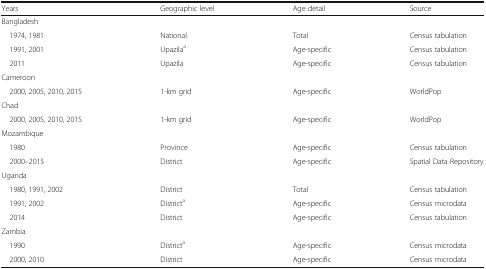
| Years | Geographic level | Age detail | Source |
 | --- | --- | --- | --- |
 | <COLSPAN=4> Bangladesh |
 | 1974, 1981 | National | Total | Census tabulation |
 | 1991, 2001 | Upazilaa | Age-specific | Census tabulation |
 | 2011 | Upazila | Age-specific | Census tabulation |
 | <COLSPAN=4> Cameroon |
 | 2000, 2005, 2010, 2015 | 1-km grid | Age-specific | WorldPop |
 | <COLSPAN=4> Chad |
 | 2000, 2005, 2010, 2015 | 1-km grid | Age-specific | WorldPop |
 | <COLSPAN=4> Mozambique |
 | 1980 | Province | Age-specific | Census tabulation |
 | 2000–2015 | District | Age-specific | Spatial Data Repository |
 | <COLSPAN=4> Uganda |
 | 1980, 1991, 2002 | District | Total | Census tabulation |
 | 1991, 2002 | Districta | Age-specific | Census microdata |
 | 2014 | District | Age-specific | Census tabulation |
 | <COLSPAN=4> Zambia |
 | 1990 | Districta | Age-specific | Census microdata |
 | 2000, 2010 | District | Age-specific | Census microdata |